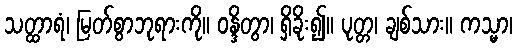
သတ္ထာရံ၊ မြတ်စွာဘုရားကို။ ဝန္ဒိတွာ၊ ရှိခိုး၍။ ပုတ္တ၊ ချစ်သား။ ကသ္မာ၊